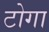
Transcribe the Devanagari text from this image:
टोगा